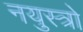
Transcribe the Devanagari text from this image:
नयुस्त्रो